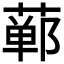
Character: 𫟕